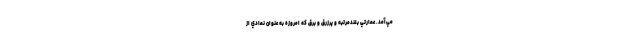
مي‌آمد. عمارتي بلندمرتبه و پرزرق و برق كه امروزه به عنوان نمادي از